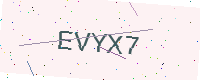
Text: EVYX7